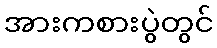
အားကစားပွဲတွင်